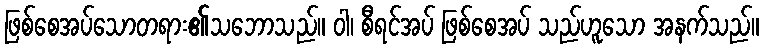
ဖြစ်စေအပ်သောတရား၏သဘောသည်။ ဝါ၊ စီရင်အပ် ဖြစ်စေအပ် သည်ဟူသော အနက်သည်။